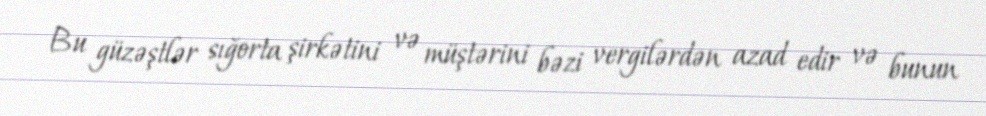
Bu güzəştlər sığorta şirkətini və müştərini bəzi vergilərdən azad edir və bunun